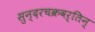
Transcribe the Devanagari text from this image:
सुन्दरचक्रवर्तिन्